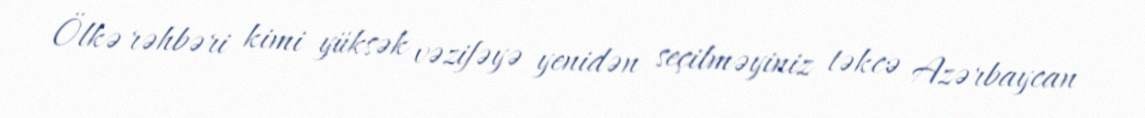
Ölkə rəhbəri kimi yüksək vəzifəyə yenidən seçilməyiniz təkcə Azərbaycan